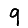
Digit: 9